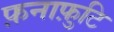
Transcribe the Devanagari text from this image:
फ़नाफ़ुटि